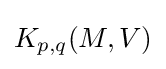
K_{p,q}(M,V)